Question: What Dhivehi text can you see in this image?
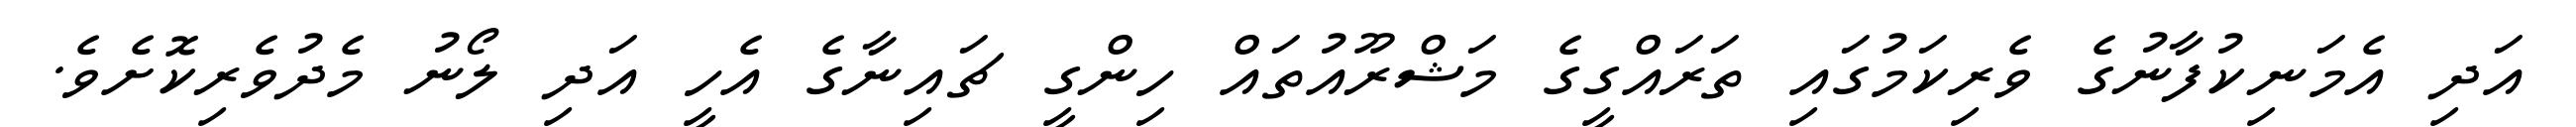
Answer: އަދި އެމަނިކުފާނުގެ ވެރިކަމުގައި ތަރައްގީގެ މަޝްރޫއުތައް ހިންގީ ޗައިނާގެ އެހީ އަދި ލޯނު މެދުވެރިކޮށެވެ.